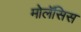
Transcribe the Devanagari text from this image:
मोलॅसिस